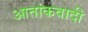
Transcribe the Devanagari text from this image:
आतांकवादी